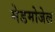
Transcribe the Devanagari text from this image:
मेडमोजेल